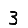
Digit: 3